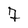
Character: 7